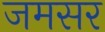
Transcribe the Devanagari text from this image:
जमसर